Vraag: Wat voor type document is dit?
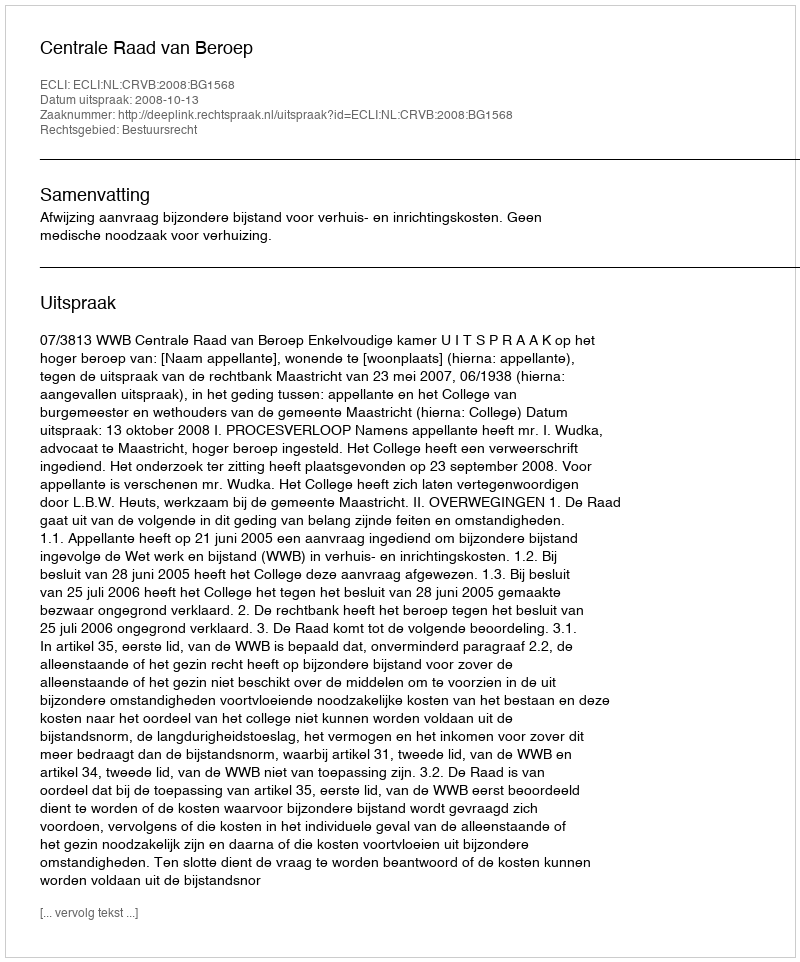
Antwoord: Uitspraak